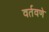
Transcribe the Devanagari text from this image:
वर्तवणे